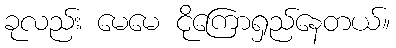
ခုလည်း မေမေ ငိုကြောရှည်နေတယ်။